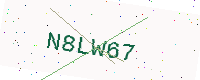
Text: N8LW67